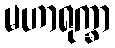
မဟာရုက္ခာ